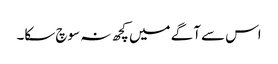
اس سے آگے میں کچھ نہ سوچ سکا۔